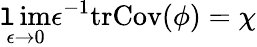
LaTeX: \operatorname*{\mathtt{l}im}_{\epsilon\rightarrow0}\epsilon^{-1}\mathrm{{tr}}\mathrm{{Cov}}(\phi)=\chi